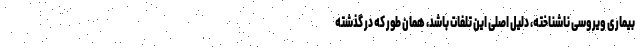
بیماری ویروسی ناشناخته، دلیل اصلی این تلفات باشد، همان طور که در گذشته